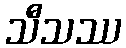
သီသဿ